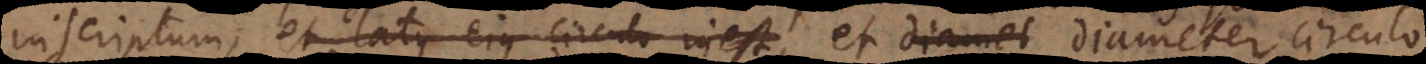
inscriptum, et latus ejus circulo inest, et diameter circulo